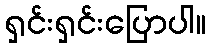
ရှင်းရှင်းပြောပါ။